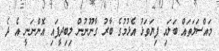
މައްސަލަތައް ބަލައި ފިޔަވަޅު އެޅުމުގެ ބާރު ގާނޫނުން ލިބިދީފައި އޮންނަނީ އެ ދެ